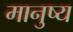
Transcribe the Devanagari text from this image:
मानुष्य